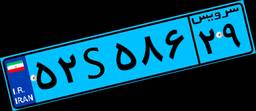
۵۲S۵۸۶۲۹